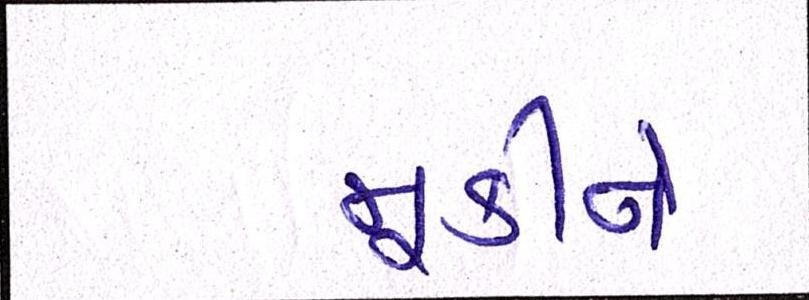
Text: મૂકીને